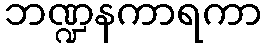
ဘဏ္ဍနကာရကာ